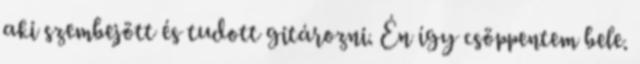
aki szembejött és tudott gitározni. Én így csöppentem bele.